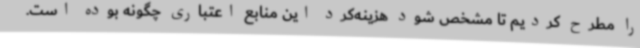
را مطرح کردیم تا مشخص شود هزینه‌کرد این منابع اعتباری چگونه بوده است.